Report on the working of the Ranchi Indian Mental Hospital, Kanke, in Bihar and Orissa - 1930-1940
Year: 1930
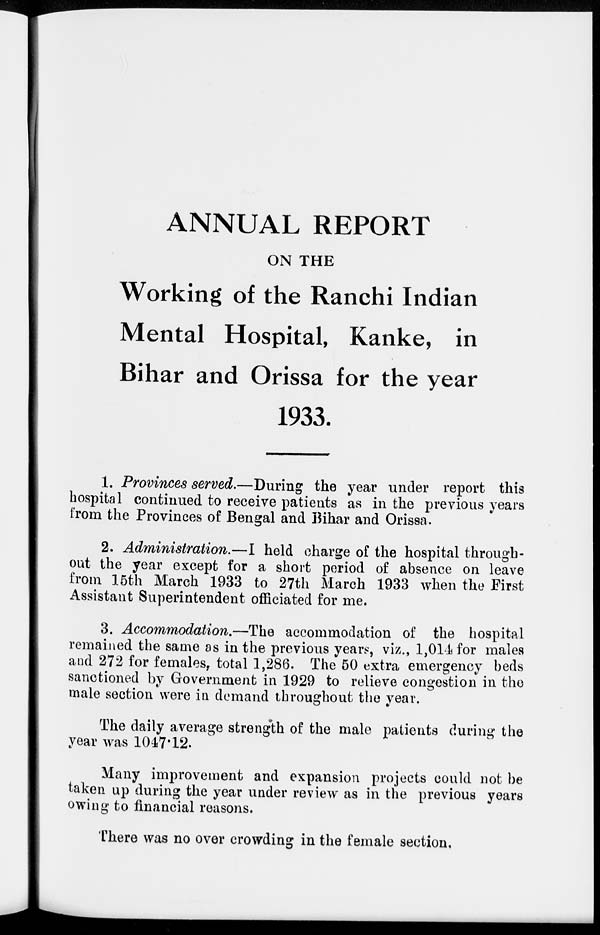
ANNUAL REPORT
ON THE
Working of the Ranchi Indian
Mental Hospital, Kanke, in
Bihar and Orissa for the year
1933.
1. Provinces served.—During the year under report this
hospital continued to receive patients as in the previous years
from the Provinces of Bengal and Bihar and Orissa.
2. Administration.—I held charge of the hospital through-
out the year except for a short period of absence on leave
from 15th March 1933 to 27th March 1933 when the First
Assistant Superintendent officiated for me.
3. Accommodation.—The accommodation of the hospital
remained the same as in the previous years, viz., 1,014 for males
and 272 for females, total 1,286. The 50 extra emergency beds
sanctioned by Government in 1929 to relieve congestion in the
male section were in demand throughout the year.
The daily average strength of the male patients during the
year was 1047.12.
Many improvement and expansion projects could not be
taken up during the year under review as in the previous years
owing to financial reasons.
There was no over crowding in the female section.